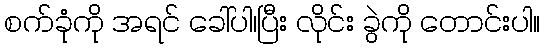
စက်ခုံကို အရင် ခေါ်ပါ၊ပြီး လိုင်း ခွဲကို တောင်းပါ။